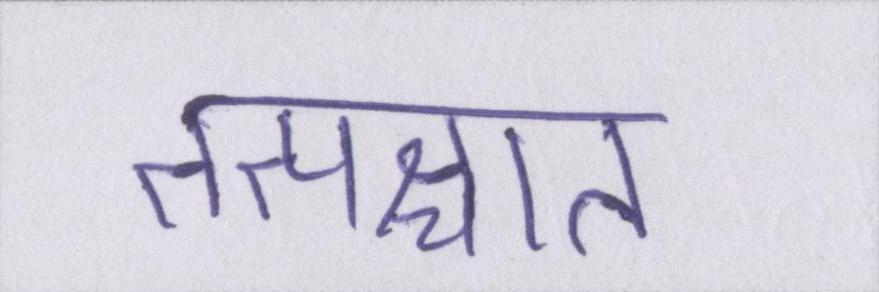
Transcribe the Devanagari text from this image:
तत्पश्चात